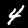
Label: 4